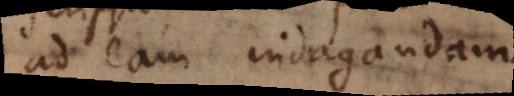
ad eam indagandam.